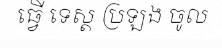
ធ្វើ ទេស្ត ប្រឡង ចូល